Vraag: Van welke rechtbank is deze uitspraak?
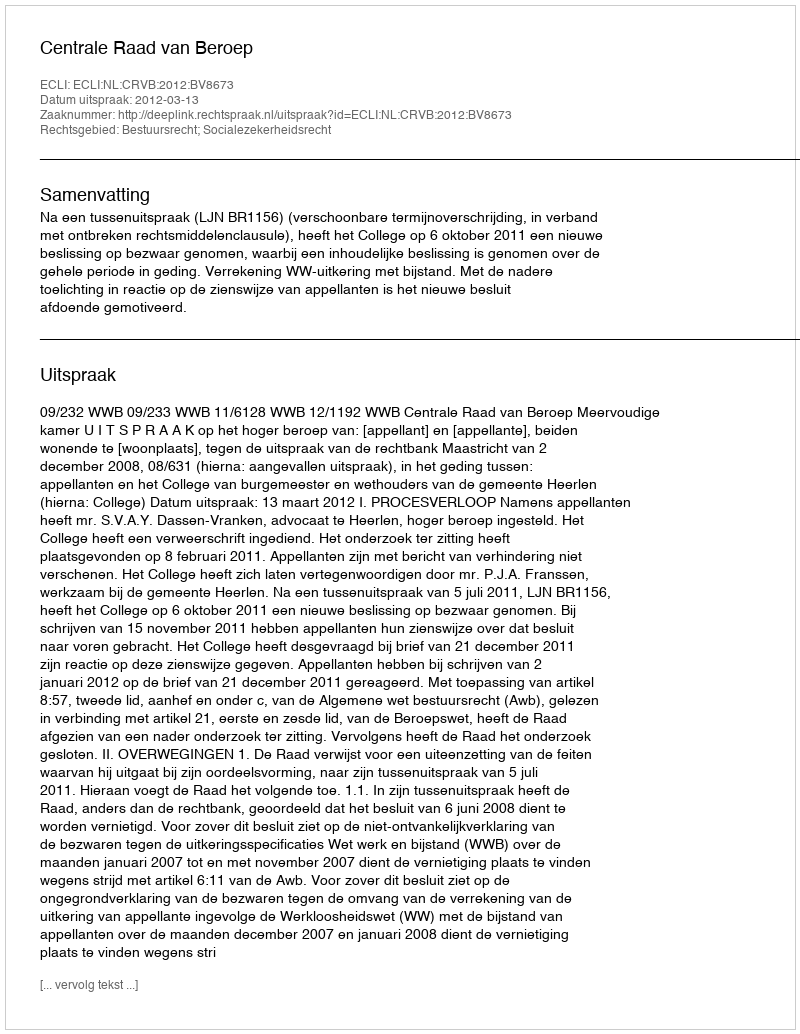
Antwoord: Centrale Raad van Beroep